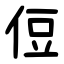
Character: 侸